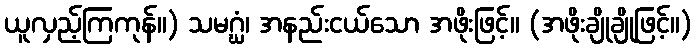
ယူလှည့်ကြကုန်။) သမဂ္ဃံ၊ အနည်းငယ်သော အဖိုးဖြင့်။ (အဖိုးချိုချိုဖြင့်။)